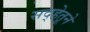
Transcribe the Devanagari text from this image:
सद्हेतूने